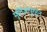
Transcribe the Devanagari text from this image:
मुर्तिजापूरहून